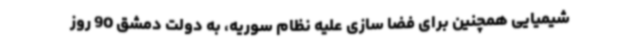
شیمیایی همچنین برای فضا سازی علیه نظام سوریه، به دولت دمشق 90 روز